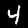
Label: 4